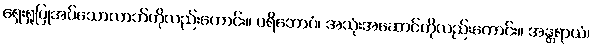
ရှေးရှုပြုအပ်သောလာဘ်ကိုလည်းကောင်း။ ပရိဘောဂံ၊ အသုံးအဆောင်ကိုလည်းကောင်း။ အန္တရာယံ၊